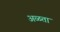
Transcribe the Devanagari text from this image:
अळता